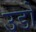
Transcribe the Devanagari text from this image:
उडो